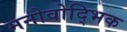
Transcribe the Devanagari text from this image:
मनोवोद्भिक